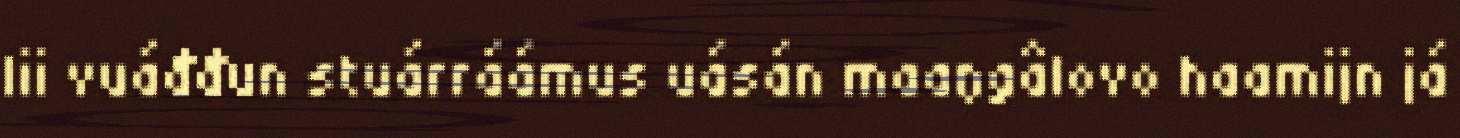
lii vuáđđun stuárráámus uásán maaŋgâlovo haamijn já